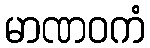
မာဏဝကံ